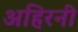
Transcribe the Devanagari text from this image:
अहिरनी